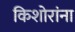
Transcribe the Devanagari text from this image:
किशोरांना